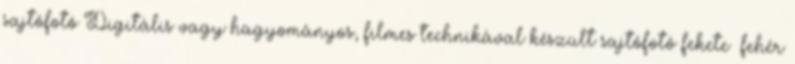
sajtófotó Digitális vagy hagyományos, filmes technikával készült sajtófotó fekete fehér